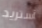
آستريد